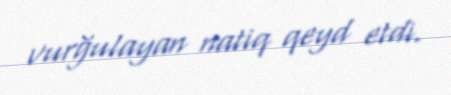
vurğulayan natiq qeyd etdi.